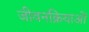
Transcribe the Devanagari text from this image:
जीवनक्रियाओं